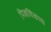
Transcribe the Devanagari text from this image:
पिकविंकाद्य